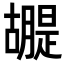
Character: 𮍂